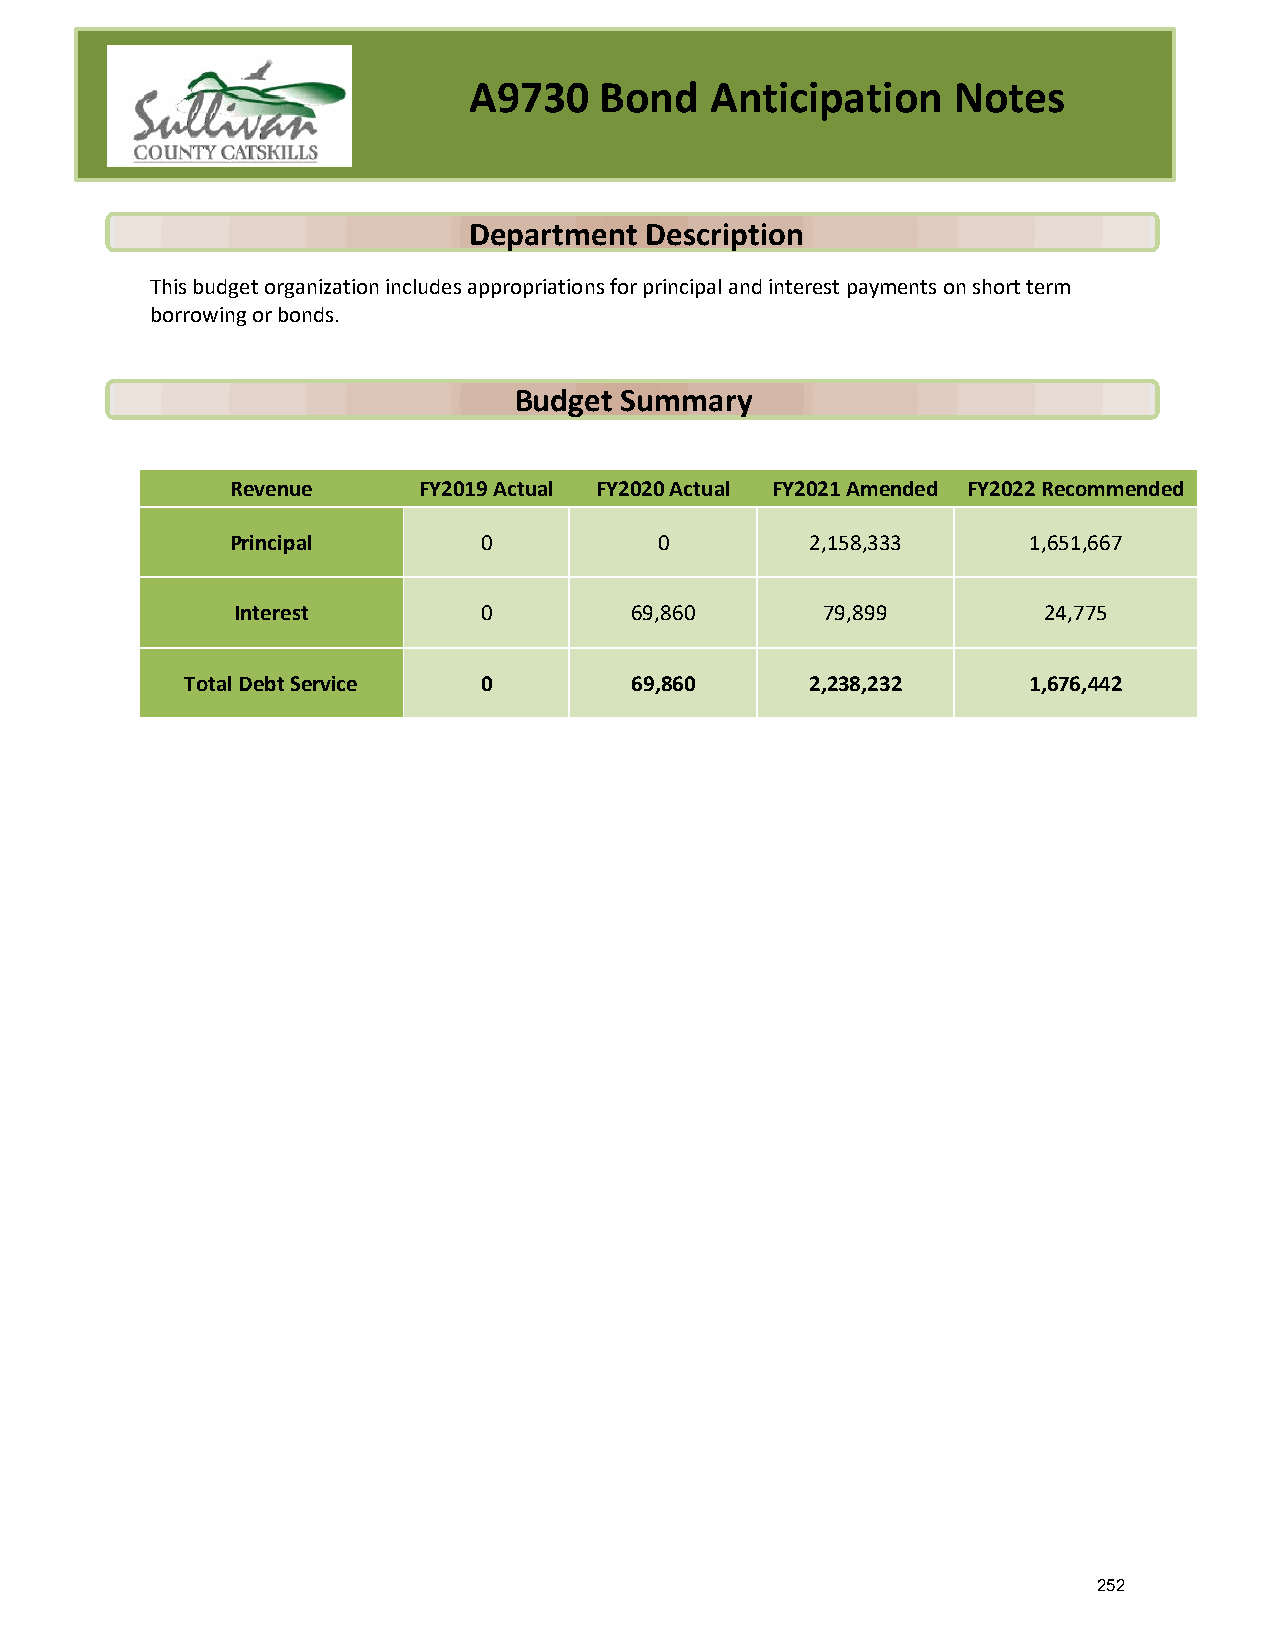
A9730    Bond   Anticipation    Notes
 Department  Description
 This budget organization includes appropriations for principal and interest payments on short term
 borrowing or bonds.
 Budget Summary
 Revenue      FY2019 Actual FY2020 Actual FY2021 Amended FY2022 Recommended
 Principal        0           0         2,158,333     1,651,667
 Interest         0         69,860       79,899        24,775
 Total Debt Service  0         69,860      2,238,232     1,676,442
 252